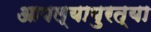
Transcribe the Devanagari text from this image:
आपल्यापुरत्या